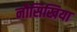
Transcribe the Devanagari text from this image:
नौसिखिया